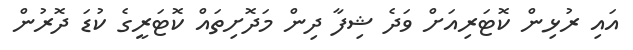
އައި ރުޅިން ކޮޓަރިއަށް ވަދެ ޝިފާ ދިން މަދޮށިތައް ކޮޓަރީގެ ކުޑަ ދޮރުން